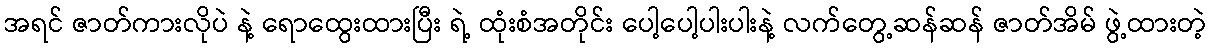
အရင် ဇာတ်ကားလိုပဲ နဲ့ ရောထွေးထားပြီး ရဲ့ ထုံးစံအတိုင်း ပေါ့ပေါ့ပါးပါးနဲ့ လက်တွေ့ဆန်ဆန် ဇာတ်အိမ် ဖွဲ့ထားတဲ့